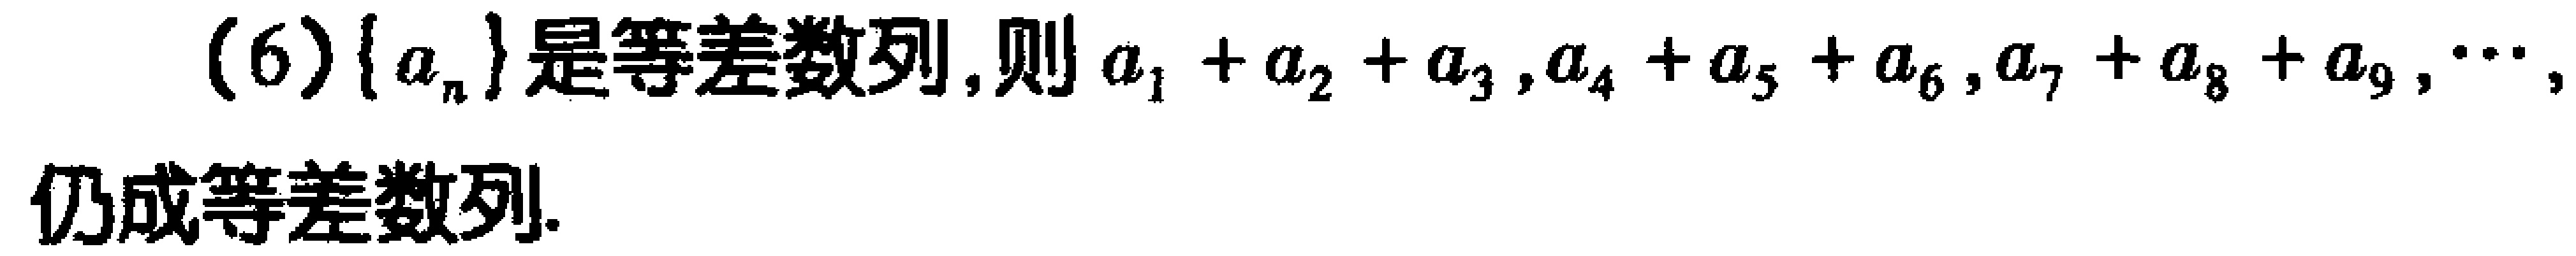
(6)$\{ a_{n}\}$是等差数列,则$a_{1}+a_{2}+a_{3},a_{4}+a_{5}+a_{6},a_{7}+a_{8}+a_{9},\cdots,$仍成等差数列.